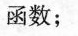
函数；